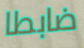
ضابطا